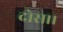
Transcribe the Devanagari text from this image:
दोस।।